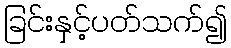
ခြင်းနှင့်ပတ်သက်၍